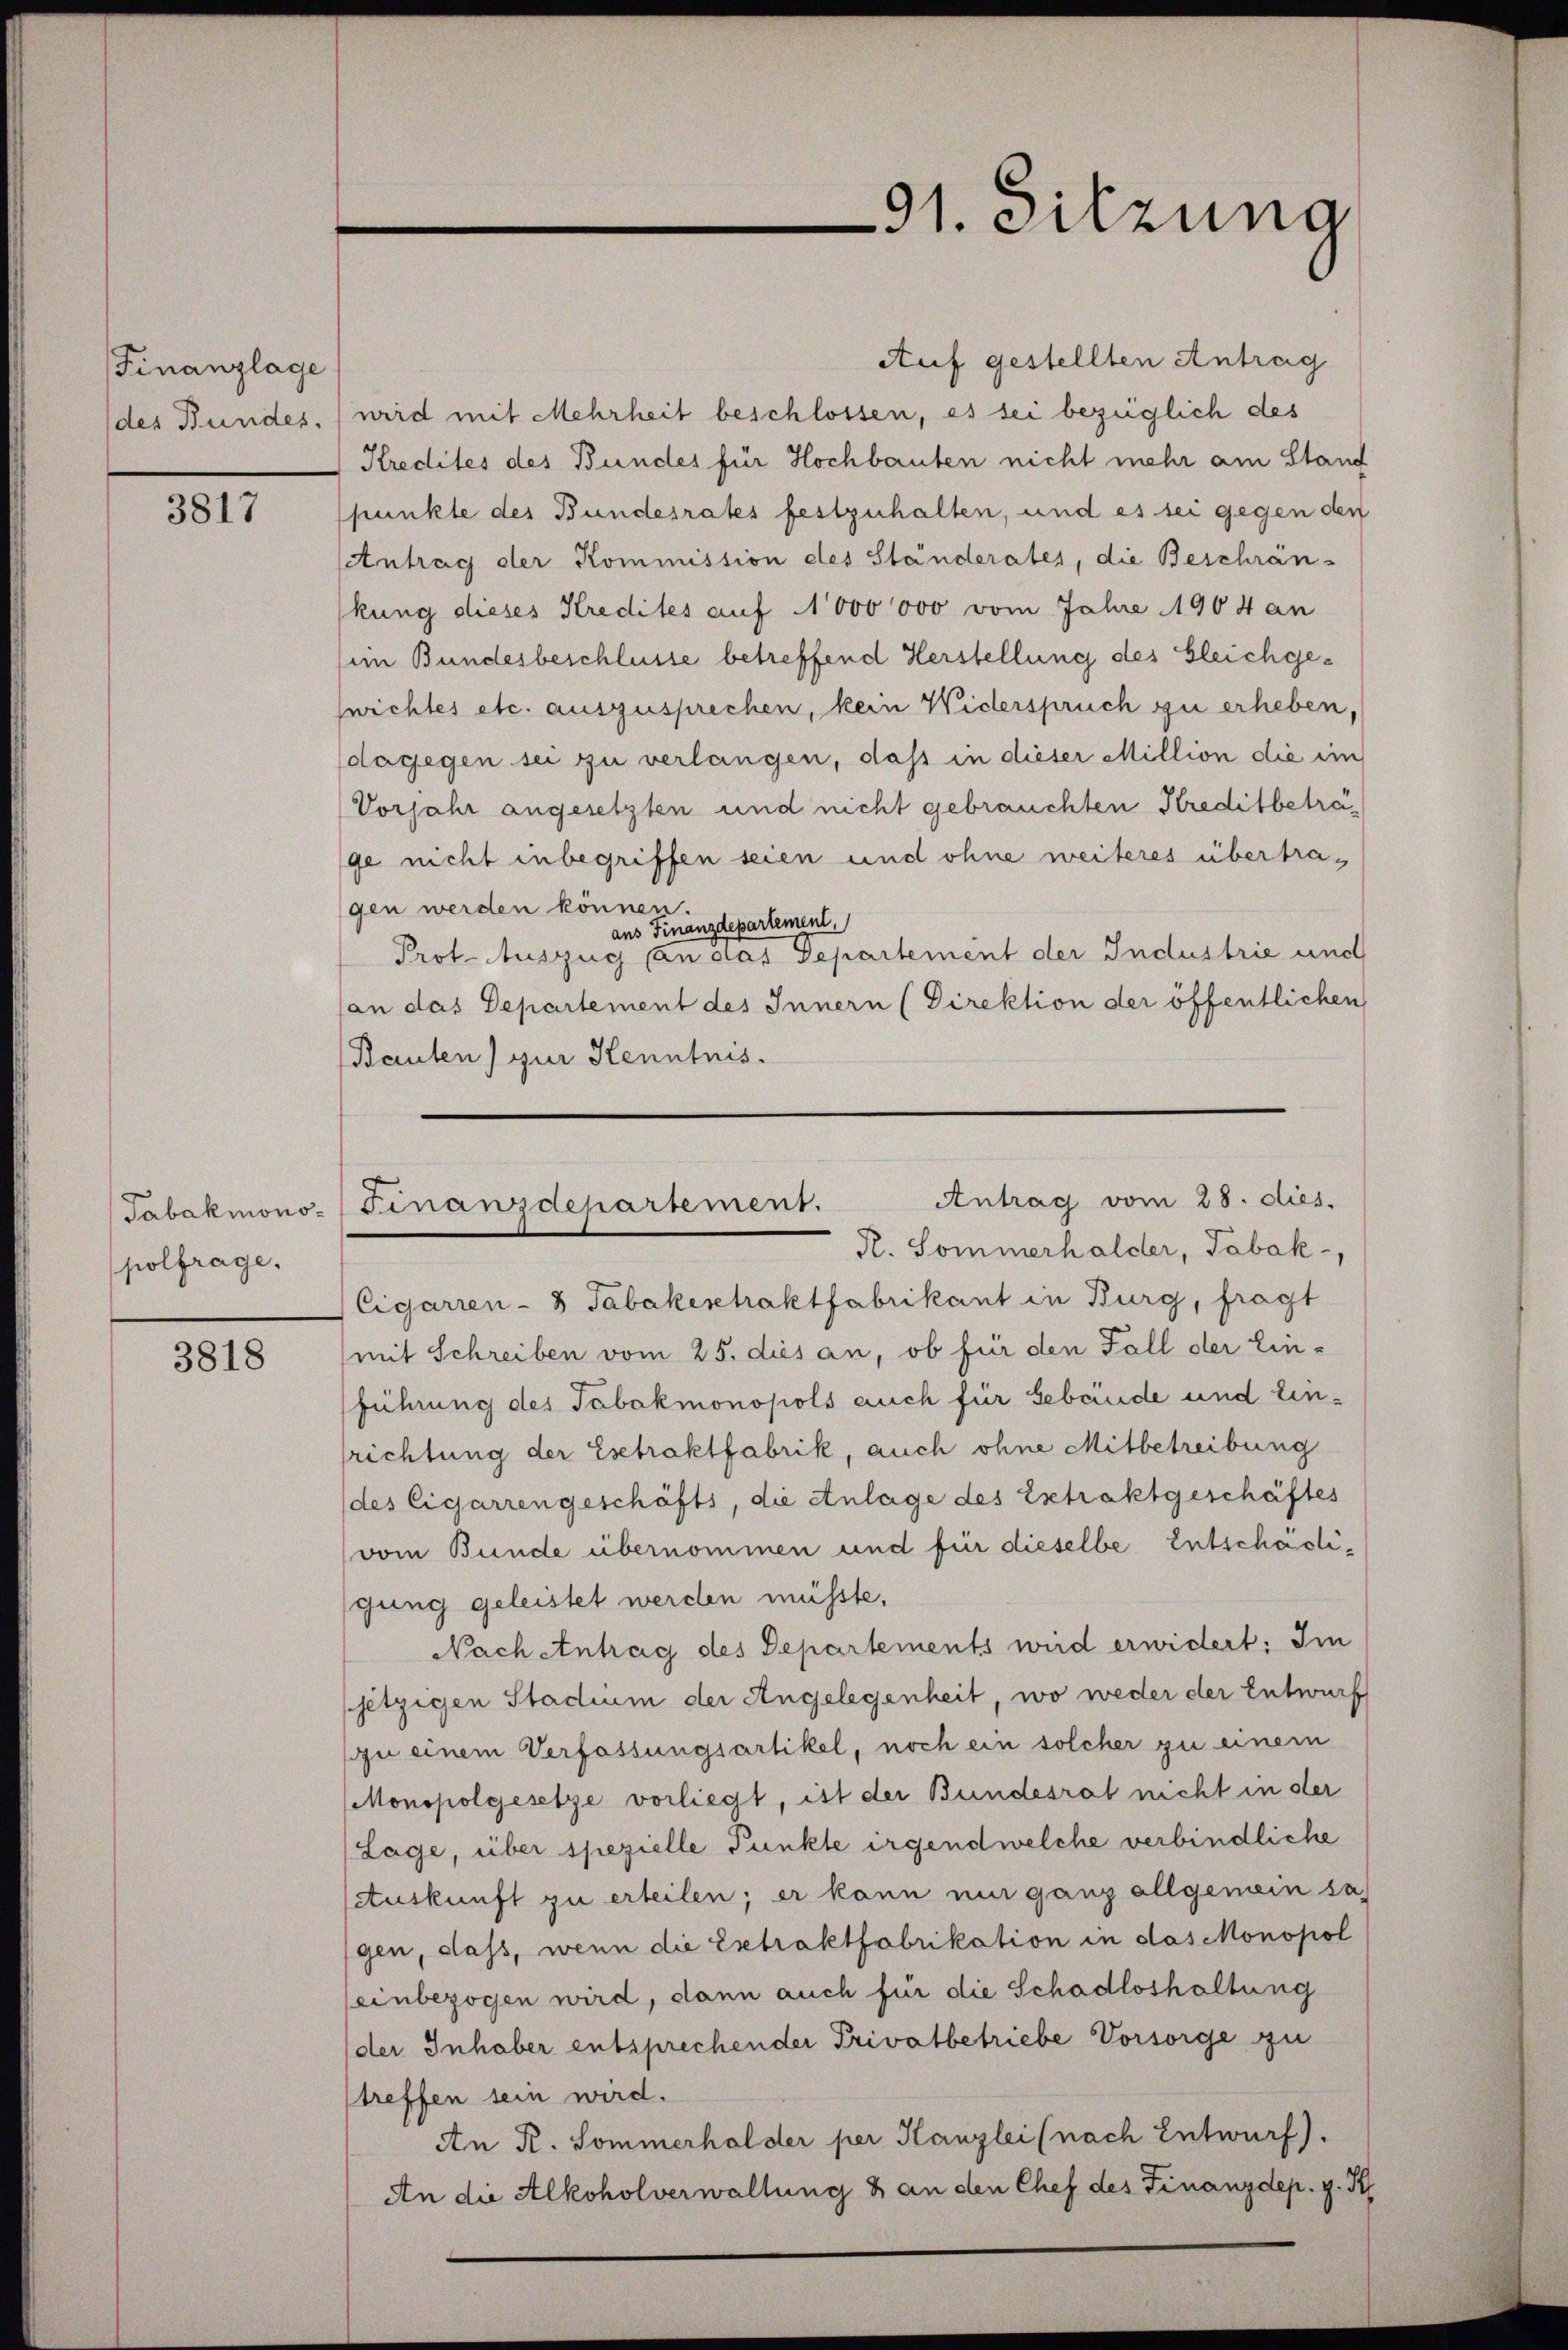
Finanzlage

3817

Tabakmonopolfrage.

3818

Auf gestellten Antrag
(des Bundes, (wrid mit Mehrheit beschlossen, es sei bezüglich des
Kredites des Bundes für Hochbauten nicht mehr am Stand
punkte des Bundesrates festzuhalten, und es sei gegen den
Antrag der Kommission des Ständerates, die Beschrän-
kung dieses Kredites auf 1000 000 vom Jahre 1904 an
sim Bundesbeschlüsse betreffend Herstellung des Gleichgewichtes etc. auszusprechen, kein Widerspruch zu erheben,
dagegen sei zu verlangen, daß in dieser Million die ein
Vorjahr angesetzten und nicht gebrauchten Kreditbeträge nicht inbegriffen seien und ohne weiteres übertragen werden können.
aus Finanzdepartement.
Prot. Auszug an das Departement der Industrie und
an das Departement des Innern (Direktion der öffentlichen
Bauten) zur Kenntnis.

91. Sitzung

Antrag vom 28. dies.
Finanzdepartement.
R. Sommerhalder, Tabak,

Cigarren - 3 Tabakeschaktfabrikant in Burg, fragt
mit Schreiben vom 25. dies an, ob für den Fall der Ein-
führung des Tabakmonopols auch für Gebäude und Einsrichtung der Esetraktfabrik, auch ohne Mitbetreibung
des Cigarrengeschäfts, die Anlage des Extraktgeschäftes
vom Bunde übernommen und für dieselbe Entschädigung geleistet werden müsste,
Nach Antrag des Departements wird erwidert: Im
etzigen Stadium der Angelegenheit, wo weder der Entwurf
zu einem Verfassungsartikel, noch ein solcher zu einem
Monopolgesetze vorliegt, ist der Bundesrat nicht in der
(Lage, über spezielle Punkte irgendwelche verbindliche
Auskunft zu erteilen; er kann nur ganz allgemein sa
gen, dass, wenn die Extraktfabrikation in das Monopol
einbezogen wird, dann auch für die Schadloshaltung
der Inhaber entsprechender Privatbetriebe Vorsorge zu
treffen sein wird.
An R. Sommerhalder per Kanzlei (nach Entwurf).
An die Alkoholverwaltung & an den Chef des Finanzdep. g. R